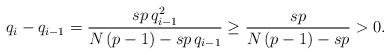
LaTeX: \begin{align*}q_i - q_{i-1} = \frac{sp\, q_{i-1}^2}{N\, (p - 1) - sp\, q_{i-1}} \ge \frac{sp}{N\, (p - 1) - sp} > 0.\end{align*}